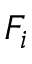
F _ { i }